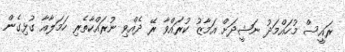
ރައީސް މުހައްމަދު ނަޝީދަށް އަމާޒު ކުރައްވާ ރޭ ދެއްވި ނުރައްކާތެރި ހަމަލާއާ ގުޅިގެން